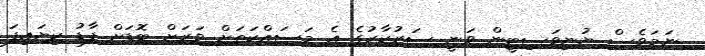
ނަމަވެސް ޔުނިވަސިޓީން ވަނީ ސަރުކާރުގެ އެ މަސައްކަތަށް ވަރަށް ބޮޑަށް ފާޑު ކިޔައިފަ